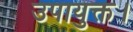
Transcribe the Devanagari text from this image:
उपायुक्त।